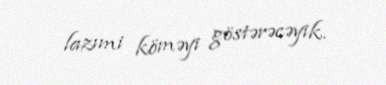
lazımi köməyi göstərəcəyik.